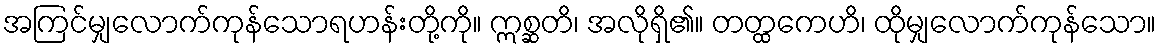
အကြင်မျှလောက်ကုန်သောရဟန်းတို့ကို။ ဣစ္ဆတိ၊ အလိုရှိ၏။ တတ္ထကေဟိ၊ ထိုမျှလောက်ကုန်သော။